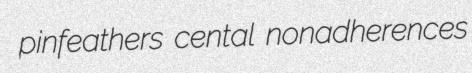
pinfeathers cental nonadherences